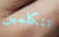
تتكلمين